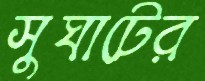
সুঘাটের